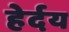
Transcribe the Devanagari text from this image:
हेर्दय